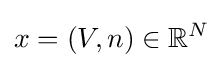
x=(V,n)\in \mathbb {R} ^{N}